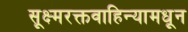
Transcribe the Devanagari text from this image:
सूक्ष्मरक्तवाहिन्यामधून